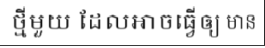
ថ្មីមួយ ដែលអាចធ្វើឲ្យ មាន